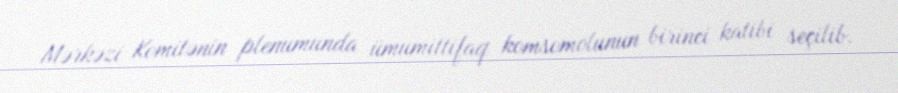
Mərkəzi Komitənin plenumunda ümumittifaq komsomolunun birinci katibi seçilib.